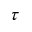
\tau